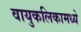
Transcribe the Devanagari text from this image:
वायुकलिकामध्ये